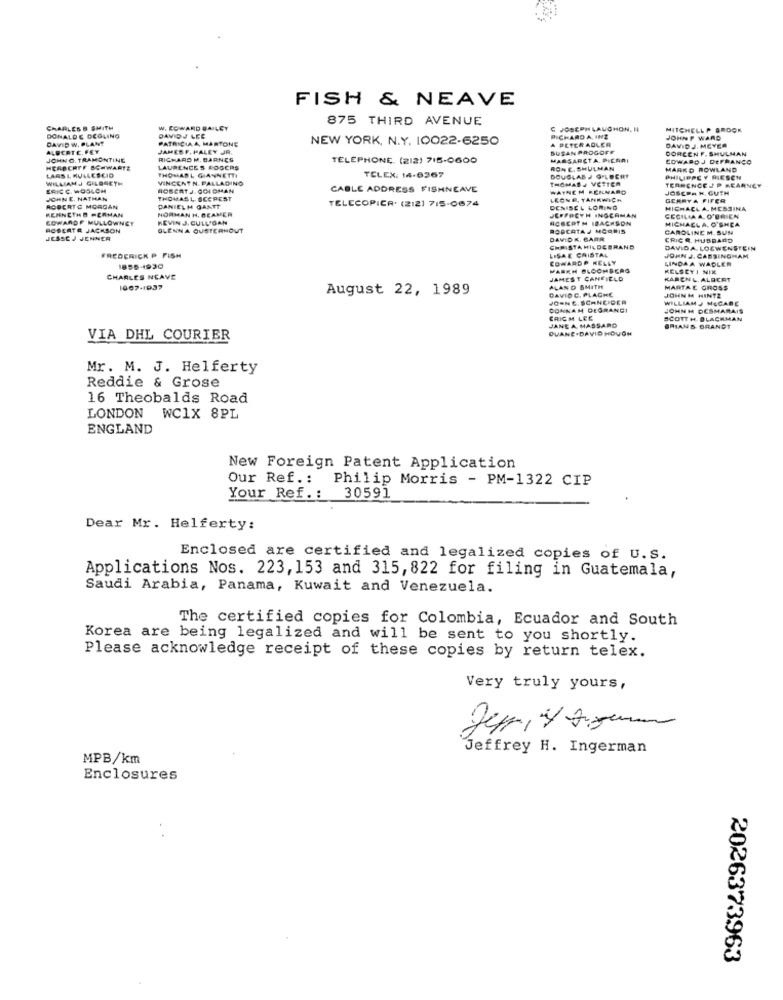
FISH & NEAVE
875 THIRD AVENUE
CHARLES B SMITH
W. COWARD BAILEY
C JOSEPH LAUGHON, I
MITCHELL P BROCK
DAVID W. PLANT
DONALDE DEGLING
DAVIDJ LEE
PATRICIAA, MARTONE
NEW YORK, N.Y. 10022-6250
RICHARD A. INZ
A PETERADLER
JOHN P WARD
ALQCRTE. FEY
JAMESF. PALEY JR.
SUSAN PROGOFE
DAVID J. MEYER
DOREEN F. SHULMAN
JOHN O. TRAMONTINE
RICHARD M. BARNES
TELEPHONE (212) 715-0600
MASSARCTA. P.CARI
EDWARD J DEFRANGO
LARS L RULLESCIO
HERBERTF BOWWARTE
THOMASL GIANNETTI
LAURENCE S ROGERS
RON E. SHULMAN
MARKD ROWLAND
WILLIAMJJ GILDAETH
VINCENT N. PALLADINO
TELEX: 14-6367
THOMASJ VETTER
DOUGLAS . O.LBERT
PHILIPPE Y RIESCH
ERIC C. WOOLCH
ROBERT J. GOLDMAN
CABLE ADDRESS FISHNEAVE
WATNEM KENNARD
JOSEPH H. GUTH
TERRENCE J P KEARNEY
JOHN E. NATHAN
THOMASL BCCPEST
LECHE, TANKWICH
GERRYA FIFER
ROBERTG MORGAN
KENNETH D PERHAN
NORMAN H, BEAMER
DANIELH GANTT
TELECOPIER. (212) 715-0674
DENISE L LORING
JEFFREYH INGCAMAN
MICHACL A. MESSINA
COWAROF MULLOWNEY
KEVIN J. CULLIGAN
ACBERTH IBACKSON
CECILIA A. O'BRIEN
MICHACLA, O'SHEA
RCSERTR JACKSON
GLENNA OUSTERHOUT
ROPCATA J MORRIS
CAROLINE M. SUN
JESSE J JENNER
DAVIDK. BARR
CRIC R. HUBBARD
CHRISTA HILDEBRAND
LISAE CRISTAL
DAVIDA. LOSWENSTEIN
FREDERICK P FISH
COWARDP KELLY
JOHN J. CABSINGHAM
LINDAA WADLER
1856-1930
MARCH BLOOMBERG
KELSEYI NIK
CHARLES NEAVE
JAMEST CANFIELD
KAREN&. ALBERT
1967-1937
August 22, 1989
DAVIOC, PLACHE
ALAND SMITH
JOHN M HINTZ
MARTAE GROSS
PO-NE. SCHNEIDER
WILLIAM J MOCARE
CONNAM DEGRANDI
JOHN H DESMARAIS
ERICH LEE
JANE A MASSARO
SCOTT H. BLACKMAN
OUANE-DAVID HOUGH
BRIANS BRANDT
VIA DHL COURIER
Mr. M. J. Helferty
Reddie & Grose
16 Theobalds Road
LONDON WC1X 8PL
ENGLAND
New Foreign Patent Application
Our Ref .: Philip Morris - PM-1322 CIP
Your Ref .: 30591
Dear Mr. Helferty:
Enclosed are certified and legalized copies of U.S.
Applications Nos. 223, 153 and 315, 822 for filing in Guatemala,
Saudi Arabia, Panama, Kuwait and Venezuela.
The certified copies for Colombia, Ecuador and South
Korea are being legalized and will be sent to you shortly.
Please acknowledge receipt of these copies by return telex.
Very truly yours,
Jeffrey H. Ingerman
MPB/km
Enclosures
2026373963